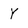
Character: Y